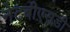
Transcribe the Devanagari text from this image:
नेटबीएसडी